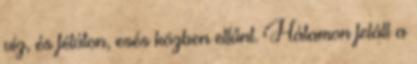
víz, és félúton, esés közben eltűnt. Hátamon feláll a